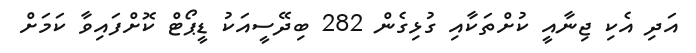
އަދި އެކި ޖިނާއީ ކުށްތަކާއި ގުޅިގެން 282 ބިދޭސީއަކު ޑީޕޯޓް ކޮށްފައިވާ ކަމަށް